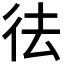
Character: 𭛟